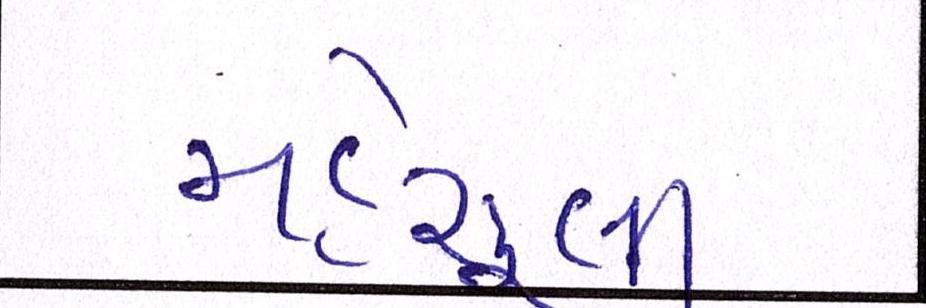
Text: મહેસૂલી